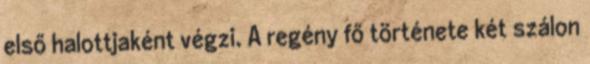
első halottjaként végzi. A regény fő története két szálon